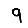
Digit: 9